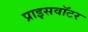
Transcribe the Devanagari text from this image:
प्राइसवॉटर